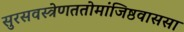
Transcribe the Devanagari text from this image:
सुरसवस्त्रेणततोमांजिष्ठवाससा